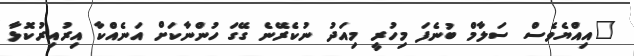
"އިއްޔެވެސް ސަލާމް ބުނެފަ މިހުރީ މިއަދު ނުކެރޭނެ ގޭގަ ހުންނާކަށް އަނެއްކާ އިރުއިރުކޮޅާ